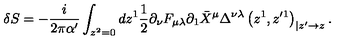
\delta S = - \frac { i } { 2 \pi \alpha ^ { \prime } } \int _ { z ^ { 2 } = 0 } d z ^ { 1 } \frac { 1 } { 2 } \partial _ { \nu } F _ { \mu \lambda } \partial _ { 1 } \bar { X } ^ { \mu } \Delta ^ { \nu \lambda } \left( z ^ { 1 } , z ^ { \prime 1 } \right) _ { | z ^ { \prime } \to z } .